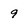
Character: 9